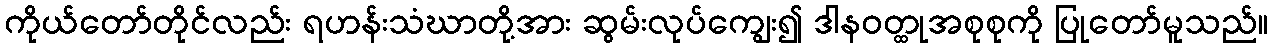
ကိုယ်တော်တိုင်လည်း ရဟန်းသံဃာတို့အား ဆွမ်းလုပ်ကျွေး၍ ဒါနဝတ္ထုအစုစုကို ပြုတော်မူသည်။